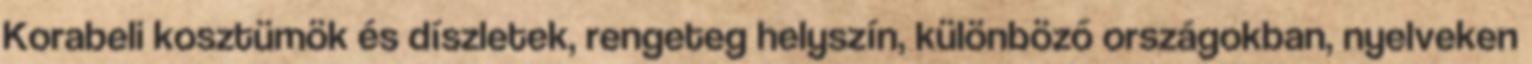
Korabeli kosztümök és díszletek, rengeteg helyszín, különböző országokban, nyelveken